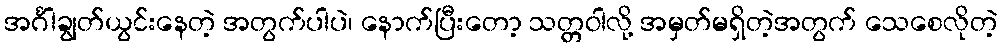
အင်္ဂါချွတ်ယွင်းနေတဲ့ အတွက်ပါပဲ၊ နောက်ပြီးတော့ သတ္တဝါလို့ အမှတ်မရှိတဲ့အတွက် သေစေလိုတဲ့